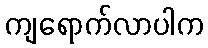
ကျရောက်လာပါက